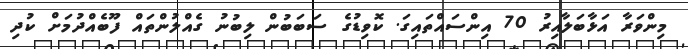
މިންވަރާ އަޅާބަލާއިރު 70 އިންސައްތައިގަ. ކޮވިޑުގެ ސަބަބުން ލިބުނު ގެއްލުންތައް ފޫބެއްދުމަށް ކުދި